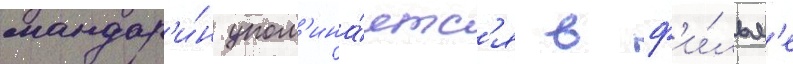
мандар'и́н упом'ина́етс'я в ф'и́льм'е